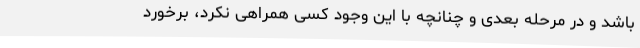
باشد و در مرحله بعدی و چنانچه با این وجود کسی همراهی نکرد، برخورد